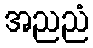
အညညံ